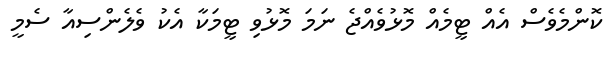
ކޮންމެވެސް އެއް ޓީމެއް މޮޅުވެއްޖެ ނަމަ މޮޅުވި ޓީމަކާ އެކު ވެލެންސިއާ ސެމީ